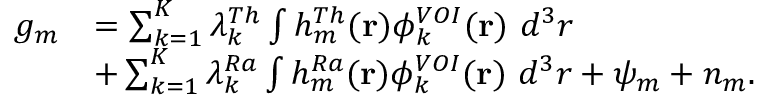
\begin{array} { r l } { g _ { m } } & { = \sum _ { k = 1 } ^ { K } \lambda _ { k } ^ { T h } \int h _ { m } ^ { T h } ( \mathbf { r } ) \phi _ { k } ^ { V O I } ( \mathbf { r } ) ~ d ^ { 3 } r } \\ & { + \sum _ { k = 1 } ^ { K } \lambda _ { k } ^ { R a } \int h _ { m } ^ { R a } ( \mathbf { r } ) \phi _ { k } ^ { V O I } ( \mathbf { r } ) ~ d ^ { 3 } r + \psi _ { m } + n _ { m } . } \end{array}